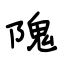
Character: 隗